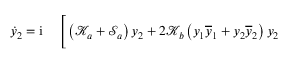
\begin{array} { r l } { \dot { y } _ { 2 } = \mathrm { i } \, } & { { } \Bigg [ \left( \mathcal { K } _ { a } + \mathcal { S } _ { a } \right) y _ { 2 } + 2 \mathcal { K } _ { b } \left( y _ { 1 } \overline { { y } } _ { 1 } + y _ { 2 } \overline { { y } } _ { 2 } \right) y _ { 2 } } \end{array}